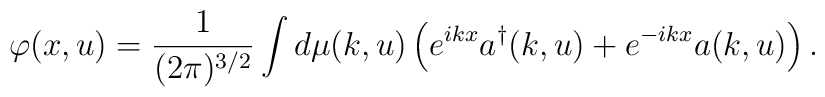
\varphi(x, u) = \frac{1}{(2\pi)^{3/2}} \int d\mu(k, u) \left(e^{i k x}  a^{\dagger}(k, u) + e^{-i k x} a(k, u)\right).